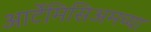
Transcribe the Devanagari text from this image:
आर्टेमिसिअमच्या